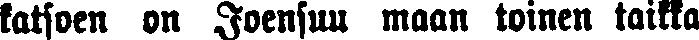
katsoen on Joensuu maan toinen taikka